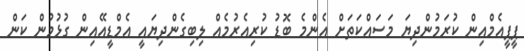
ޕީޕީއެމްއިން ކުރަމުންދިޔަ މަސައްކަތަށް އެންމެ ބޮޑު ކުރިއެރުމެއް ލިބިގެންދިޔައީ އެމްޑީއޭއިން ގުޅުމުން ކަން